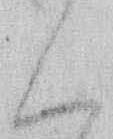
く